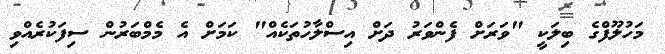
މަހުލޫފްގެ ބިލަކީ "ވަރަށް ފެންވަރު ދަށް އިސްލާހުތަކެއް" ކަމަށް އެ މެމްބަރުން ސިފަކުރެއްވި